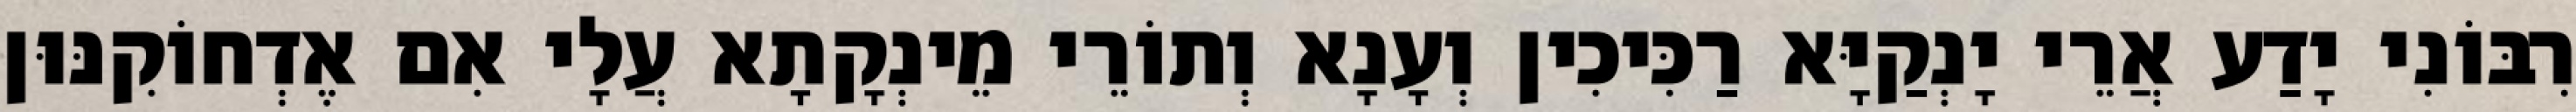
רִבּוֹנִי יָדַע אֲרֵי יָנְקַיָּא רַכִּיכִין וְעָנָא וְתוֹרֵי מֵינְקָתָא עֲלָי אִם אֶדְחוֹקִנּוּן